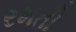
રમતી